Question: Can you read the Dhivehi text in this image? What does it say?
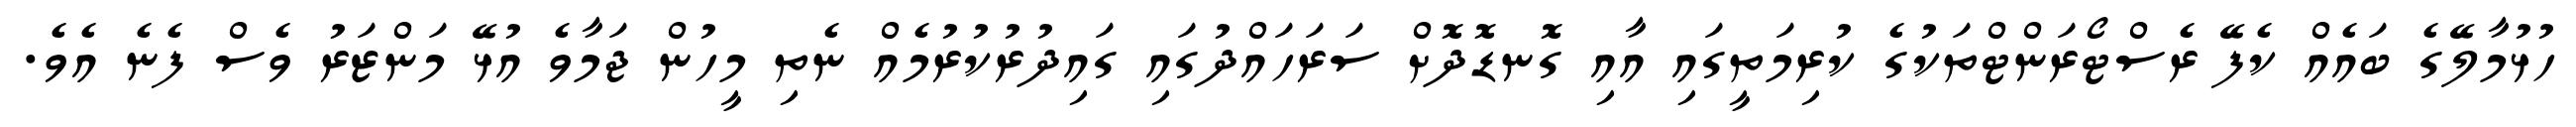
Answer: ހުޅުމާލޭގެ ބައެއް ކެފޭ ރެސްޓޯރަންޓްތަކުގެ ކުރިމަތީގައި އާއި ގޮނޑޮދޮށް ސަރަހައްދުގައި ގައިދުރުކުރުމެއް ނެތި މީހުން ޖަމާވެ އުޅޭ މަންޒަރު ވެސް ފެނެ އެވެ.